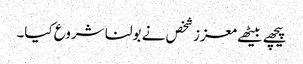
پیچھے بیٹھے معزز شخص نے بولنا شروع کیا۔